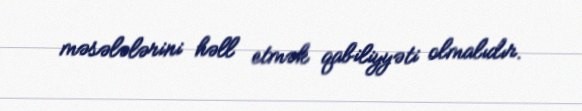
məsələlərini həll etmək qabiliyyəti olmalıdır.